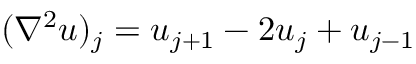
( \nabla ^ { 2 } u ) _ { j } = u _ { j + 1 } - 2 u _ { j } + u _ { j - 1 }